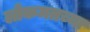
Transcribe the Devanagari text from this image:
लोकमतच्या